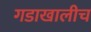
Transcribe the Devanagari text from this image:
गडाखालीच